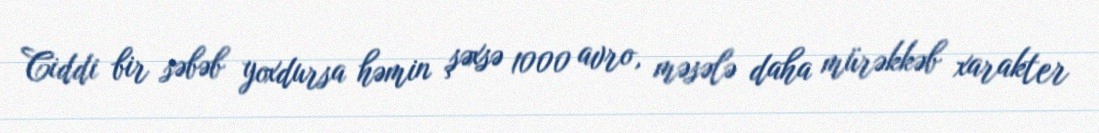
Ciddi bir səbəb yoxdursa həmin şəxsə 1000 avro, məsələ daha mürəkkəb xarakter